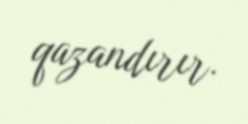
qazandırır.